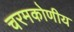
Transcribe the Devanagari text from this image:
चरमकोणीय